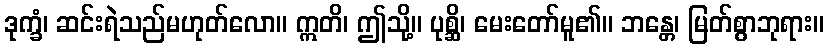
ဒုက္ခံ၊ ဆင်းရဲသည်မဟုတ်လော။ ဣတိ၊ ဤသို့။ ပုစ္ဆိ၊ မေးတော်မူ၏။ ဘန္တေ၊ မြတ်စွာဘုရား။